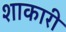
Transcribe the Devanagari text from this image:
शाकारी